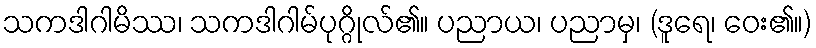
သကဒါဂါမိဿ၊ သကဒါဂါမ်ပုဂ္ဂိုလ်၏။ ပညာယ၊ ပညာမှ၊ (ဒူရေ၊ ဝေး၏။)